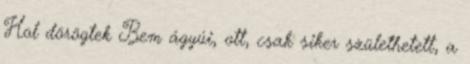
Hol dörögtek Bem ágyúi, ott, csak siker születhetett, a